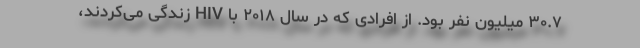
۳۰.۷ میلیون نفر بود. از افرادی که در سال ۲۰۱۸ با HIV زندگی می‌کردند،